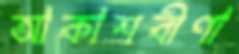
আকাশবীণা